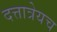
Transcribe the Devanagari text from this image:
दत्तात्रेयच